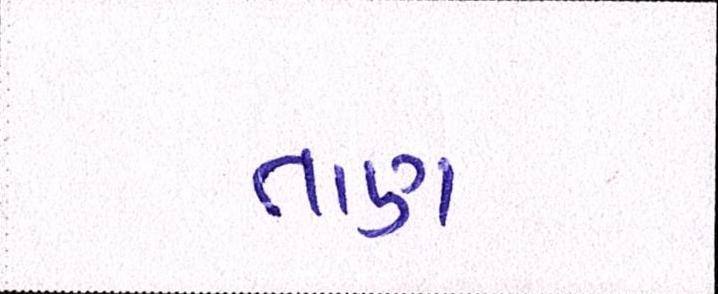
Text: તાણ